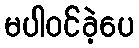
မပါဝင်ခဲ့ပေ